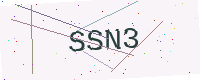
Text: SSN3